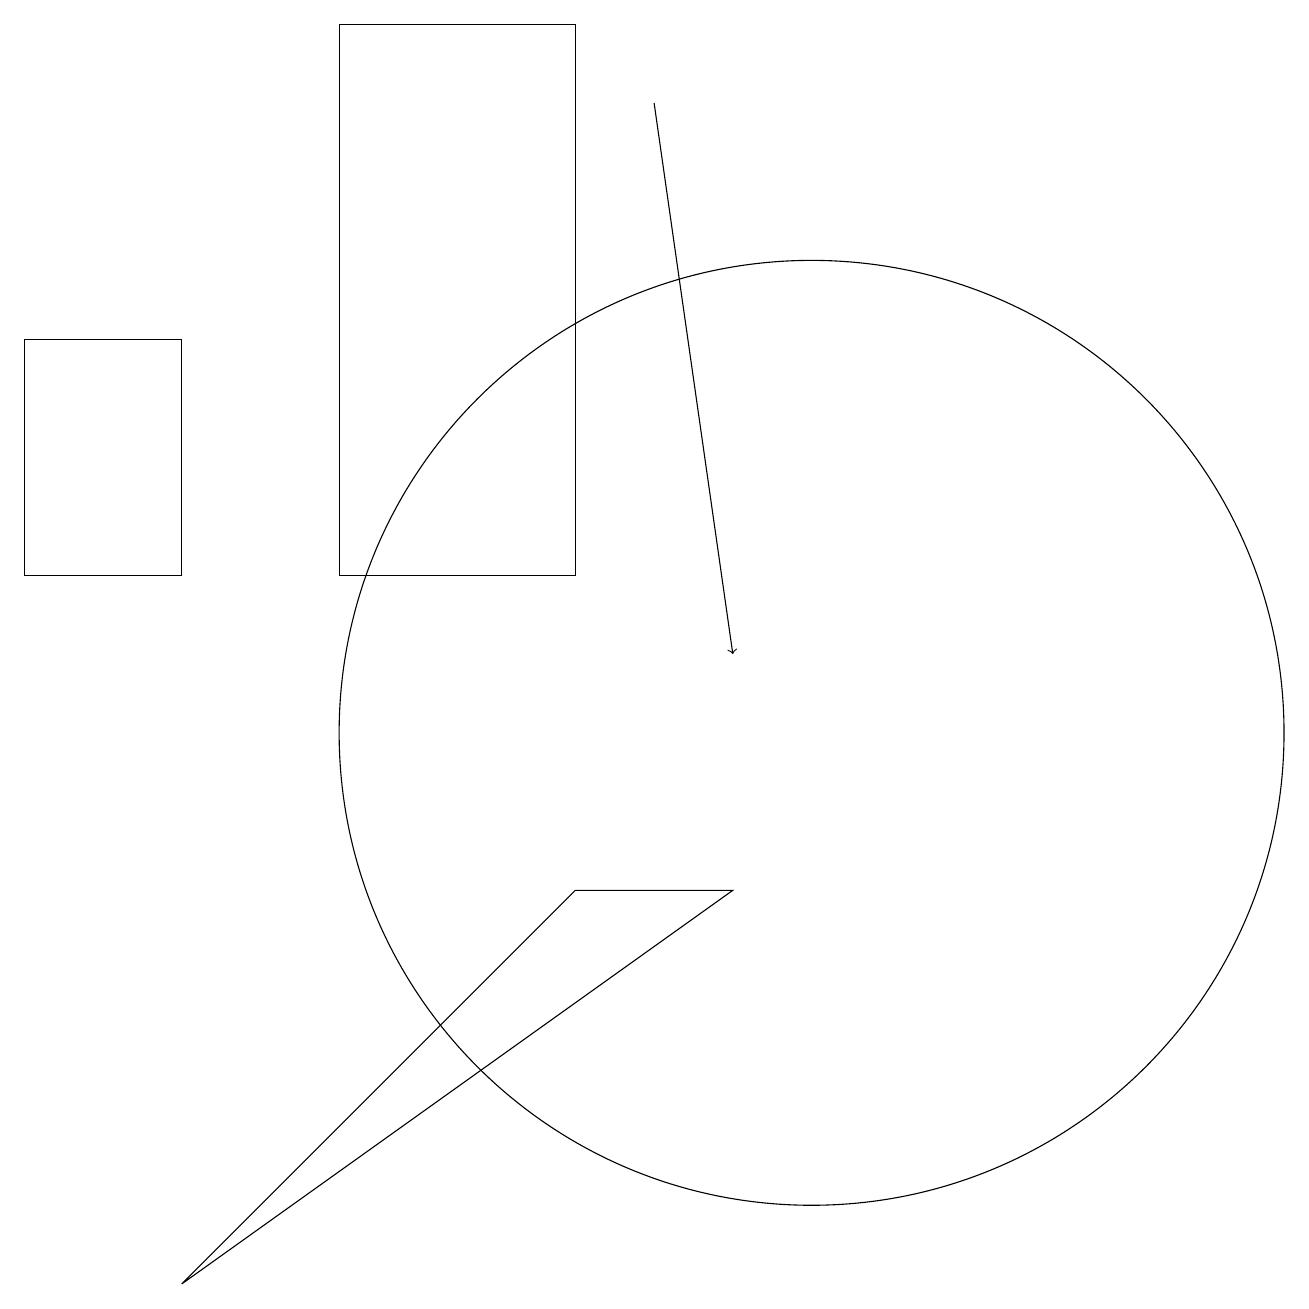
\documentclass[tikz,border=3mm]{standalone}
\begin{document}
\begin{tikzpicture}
\draw (10,10) circle (0);
\draw[->] (8,18) -- (9,11);
\draw (0,12) rectangle (2,15);
\draw (10,10) circle (6);
\draw (7,19) rectangle (4,12);
\draw (9,8) -- (7,8) -- (2,3) -- cycle;
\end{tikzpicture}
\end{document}